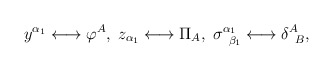
\begin{align*}y^{\alpha _{1}}\longleftrightarrow \varphi ^{A},\;z_{\alpha_{1}}\longleftrightarrow \Pi _{A},\;\sigma _{\;\;\beta _{1}}^{\alpha_{1}}\longleftrightarrow \delta _{\;\;B}^{A}, \end{align*}